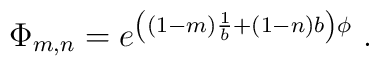
\Phi_{m,n} = e^{\left((1-m)\frac{1}{b}  + (1-n) b \right) \phi } ~.